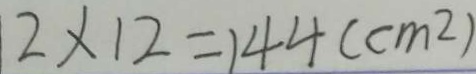
2 \times 1 2 = 1 4 4 ( c m ^ { 2 } )